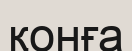
қонға